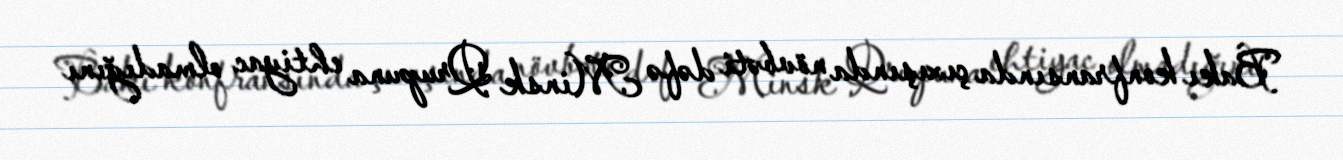
Bakı konfransında çıxışında növbəti dəfə Minsk Qrupuna ehtiyac olmadığını